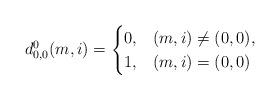
LaTeX: \begin{align*}d^0_{0,0}(m,i)=\begin{cases}0, & (m,i)\ne(0,0),\\1, & (m,i)=(0,0)\end{cases}\end{align*}